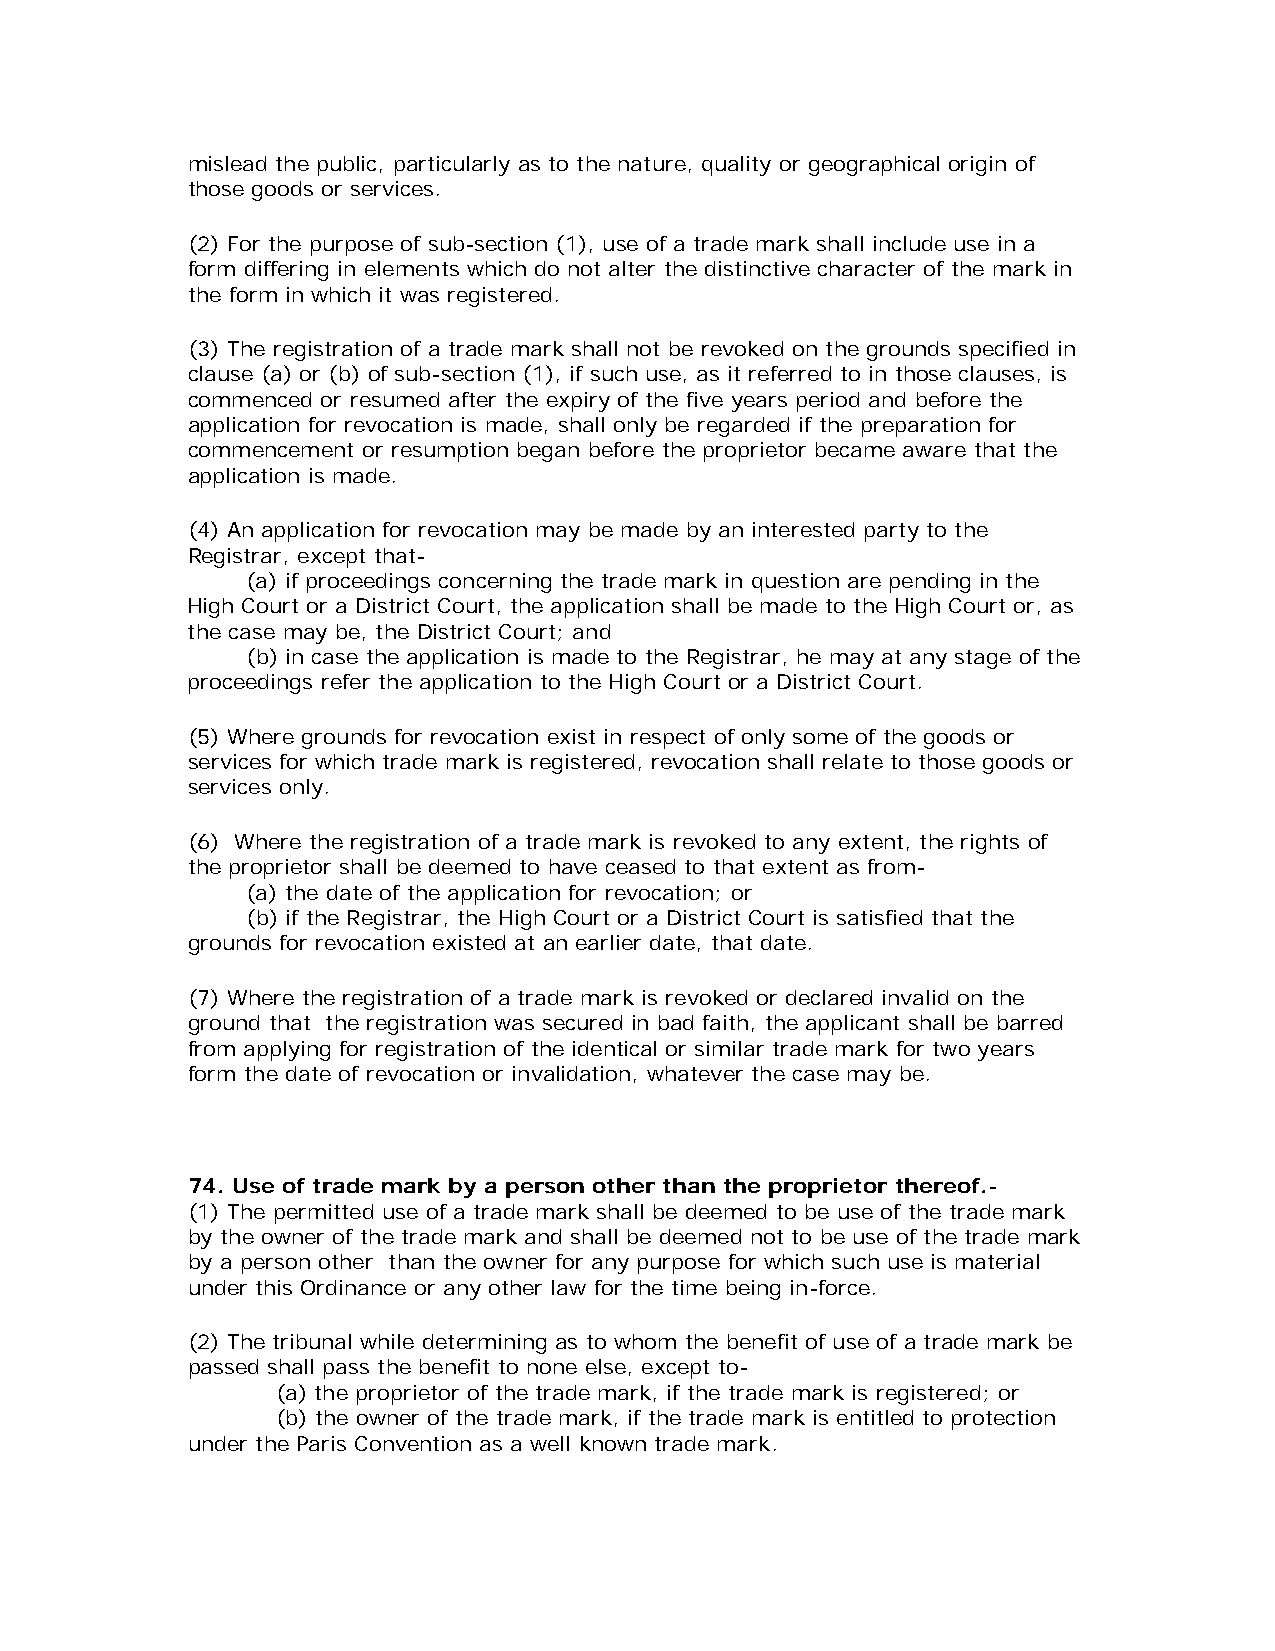
mislead the public, particularly as to the nature, quality or geographical origin of
 those goods or services.
 (2) For the purpose of sub-section (1), use of a trade mark shall include use in a
 form differing in elements which do not alter the distinctive character of the mark in
 the form in which it was registered.
 (3) The registration of a trade mark shall not be revoked on the grounds specified in
 clause (a) or (b) of sub-section (1), if such use, as it referred to in those clauses, is
 commenced or resumed after the expiry of the five years period and before the
 application for revocation is made, shall only be regarded if the preparation for
 commencement or resumption began before the proprietor became aware that the
 application is made.
 (4) An application for revocation may be made by an interested party to the
 Registrar, except that-
 (a) if proceedings concerning the trade mark in question are pending in the
 High Court or a District Court, the application shall be made to the High Court or, as
 the case may be, the District Court; and
 (b) in case the application is made to the Registrar, he may at any stage of the
 proceedings refer the application to the High Court or a District Court.
 (5) Where grounds for revocation exist in respect of only some of the goods or
 services for which trade mark is registered, revocation shall relate to those goods or
 services only.
 (6) Where the registration of a trade mark is revoked to any extent, the rights of
 the proprietor shall be deemed to have ceased to that extent as from-
 (a) the date of the application for revocation; or
 (b) if the Registrar, the High Court or a District Court is satisfied that the
 grounds for revocation existed at an earlier date, that date.
 (7) Where the registration of a trade mark is revoked or declared invalid on the
 ground that the registration was secured in bad faith, the applicant shall be barred
 from applying for registration of the identical or similar trade mark for two years
 form the date of revocation or invalidation, whatever the case may be.
 74. Use of trade mark by a person other than the proprietor thereof.-
 (1) The permitted use of a trade mark shall be deemed to be use of the trade mark
 by the owner of the trade mark and shall be deemed not to be use of the trade mark
 by a person other than the owner for any purpose for which such use is material
 under this Ordinance or any other law for the time being in-force.
 (2) The tribunal while determining as to whom the benefit of use of a trade mark be
 passed shall pass the benefit to none else, except to-
 (a) the proprietor of the trade mark, if the trade mark is registered; or
 (b) the owner of the trade mark, if the trade mark is entitled to protection
 under the Paris Convention as a well known trade mark.